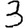
Digit: 3